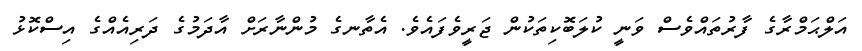
އަލްޙަމްރާގެ ފާރުތައްވެސް ވަނީ ކުލަބޮކިތަކުން ޖަރީވެފައެވެ. އެތާނގެ މުންނާރަށް އާދަމުގެ ދަރިއެއްގެ އިސްކޮޅު